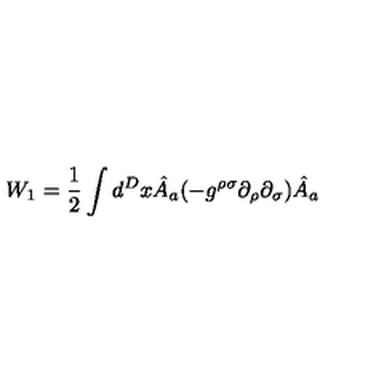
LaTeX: W _ { 1 } = \frac { 1 } { 2 } \int d ^ { D } x \hat { A } _ { a } ( - g ^ { \rho \sigma } \partial _ { \rho } \partial _ { \sigma } ) \hat { A } _ { a }